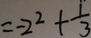
= - 2 ^ { 2 } + \frac { 1 } { 3 }